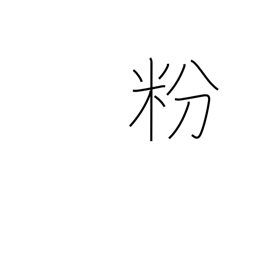
Meaning: flour